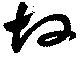
故